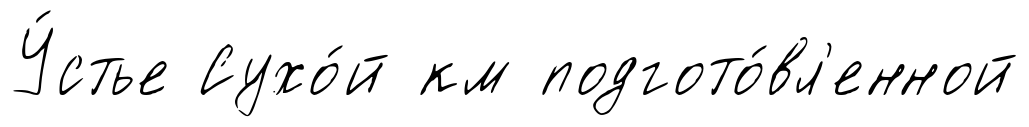
У́стье Сухо́й км подгото́вл'енной